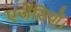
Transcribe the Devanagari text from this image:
एजेंसियों।